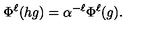
\Phi ^ { \ell } ( h g ) = \alpha ^ { - \ell } \Phi ^ { \ell } ( g ) .